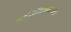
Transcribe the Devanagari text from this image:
सत्कीर्तिश्छिन्नसंशयः।।